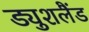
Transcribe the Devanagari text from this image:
ड्युशलैंड